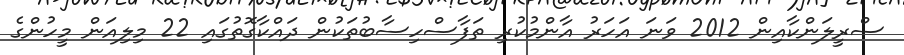
ސްރީލަންކާއިން 2012 ވަނަ އަހަރު އާންމުކުރި ތަފާސްހިސާބުތަކުން ދައްކާގޮތުގައި 22 މިލިއަން މީހުންގެ